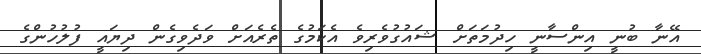
އޭނާ ބުނީ އިންސާނީ ހިދުމަތަށް ޝައުގުވެރިވެ އެކަމުގެ ތެރެއަށް ވަދެވިގެން ދިޔައީ ފުލުހުންގެ